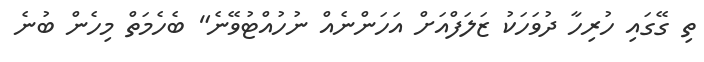
ތި ގޭގައި ހުރިހާ ދުވަހަކު ޒަލަފްއަށް އަހަންނެއް ނުހުއްޓުވޭނެ" ބެހެމަތް މިހެން ބުނެ